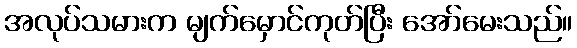
အလုပ်သမားက မျက်မှောင်ကုတ်ပြီး အော်မေးသည်။